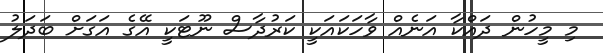
މި މީހުން ދައްކާ އަނެއް ވާހަކައަކީ ކަރުދާސް ނޫޓަކީ އޭގެ އަގަށް ބަދަލު